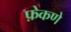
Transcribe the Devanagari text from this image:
फ़ेकणे